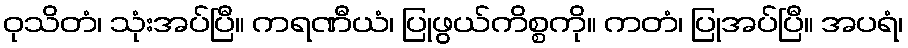
ဝုသိတံ၊ သုံးအပ်ပြီ။ ကရဏီယံ၊ ပြုဖွယ်ကိစ္စကို။ ကတံ၊ ပြုအပ်ပြီ။ အပရံ၊